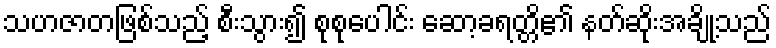
သဟဇာတဖြစ်သည့် စီးသွား၍ စုစုပေါင်း ဆော့ခရတ္တိ၏ နတ်ဆိုးအချို့သည်